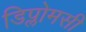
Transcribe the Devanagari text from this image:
डिप्लोमसी